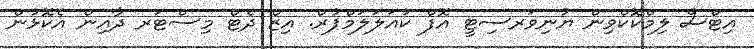
އިޓްސް ލިމްކޮކްވިން ޔުނިވަރސިޓީ އޮފް ކުއަލަލަމްޕުރް. އިޒް ދެޓް މިސްޓަރ ދާއިން އެކޮޅުން